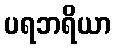
ပရဘရိယာ